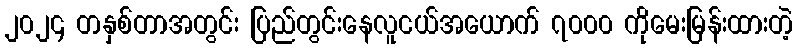
၂၀၂၄ တနှစ်တာအတွင်း ပြည်တွင်းနေလူငယ်အယောက် ၇၀၀၀ ကိုမေးမြန်းထားတဲ့